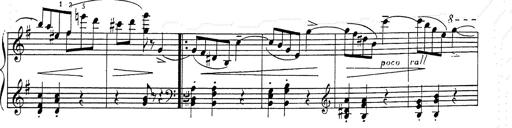
Title: 6 Polish Songs
Composer: Franz Liszt